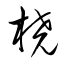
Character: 橈